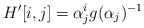
\begin{align*}H'[i,j]=\alpha_j^ig(\alpha_j)^{-1}\end{align*}